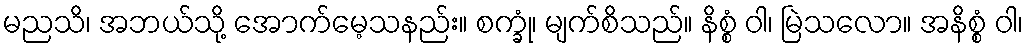
မညသိ၊ အဘယ်သို့ အောက်မေ့သနည်း။ စက္ခုံ၊ မျက်စိသည်။ နိစ္စံ ဝါ၊ မြဲသလော။ အနိစ္စံ ဝါ၊